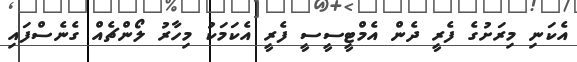
އެކަނި މިރަށުގެ ފެރީ ދެން އެމްޓީސީސީ ފެރީ އެކަމަކު މިހާރު ލޯންޗެއް ގެނެސްފައި